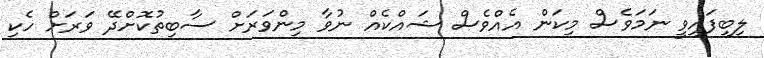
ލިބިފައިވީ ނަމަވެސް މިކަން އެއްވެސް ޝައްކެއް ނުވާ މިންވަރަށް ސާބިތުކޮށްދޭ ވަރަށް ހެކި